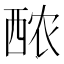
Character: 䙶